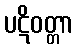
ပဋိဝတ္တာ